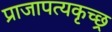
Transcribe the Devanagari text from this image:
प्राजापत्यकृच्छ्र